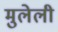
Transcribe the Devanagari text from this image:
मुलेली